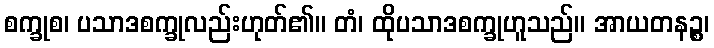
စက္ခုစ၊ ပသာဒစက္ခုလည်းဟုတ်၏။ တံ၊ ထိုပသာဒစက္ခုဟူသည်။ အာယတနဉ္စ၊